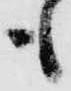
も